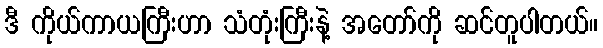
ဒီ ကိုယ်ကာယကြီးဟာ သံတုံးကြီးနဲ့ အတော်ကို ဆင်တူပါတယ်။